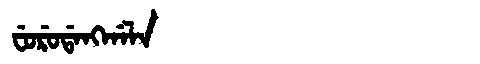
Manchu: ᠸᡠᡵᡠᡩᠠᠩᡤᠠᠯᠠ
Romanization: FURUDANGGALA